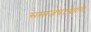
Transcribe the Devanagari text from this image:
समाजघटकांनी